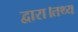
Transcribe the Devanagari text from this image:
द्वारा।तथ्य